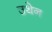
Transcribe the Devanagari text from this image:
उथेन